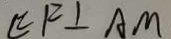
E F \bot A M